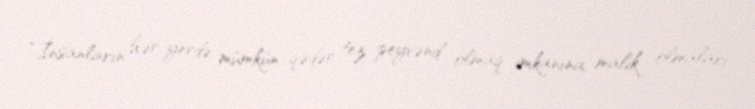
“İnsanların hər yerdə mümkün qədər tez peyvənd olmaq imkanına malik olmaları